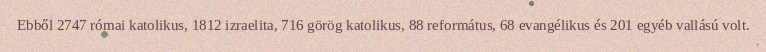
Ebből 2747 római katolikus, 1812 izraelita, 716 görög katolikus, 88 református, 68 evangélikus és 201 egyéb vallású volt.